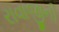
રાવાજીની